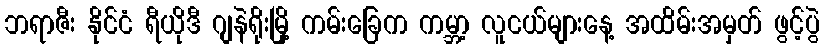
ဘရာဇီး နိုင်ငံ ရီယိုဒီ ဂျနဲရိုးမြို့ ကမ်းခြေက ကမ္ဘာ့ လူငယ်များနေ့ အထိမ်းအမှတ် ဖွင့်ပွဲ